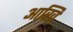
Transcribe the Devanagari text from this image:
आख्रि